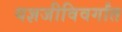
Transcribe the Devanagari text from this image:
यज्ञजीविवर्गांत